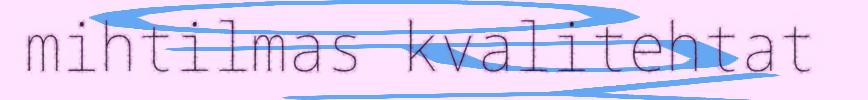
mihtilmas kvalitehtat